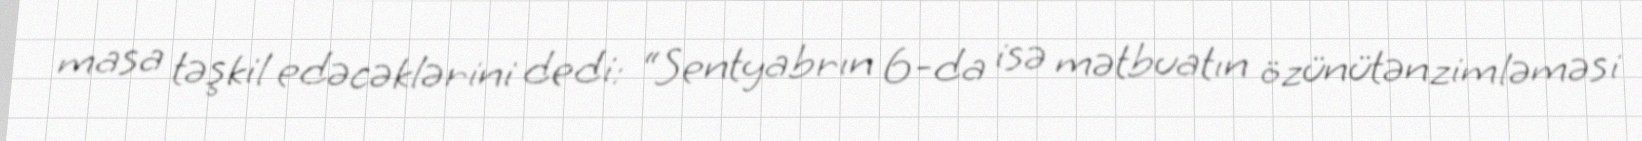
masa təşkil edəcəklərini dedi: “Sentyabrın 6-da isə mətbuatın özünütənzimləməsi